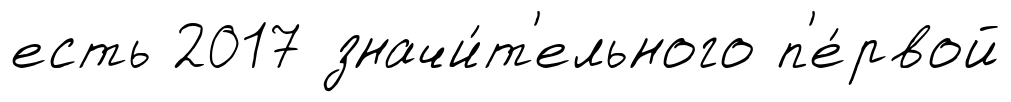
есть 2017 значи́т'ельного п'е́рвой